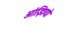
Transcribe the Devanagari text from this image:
आंझियो